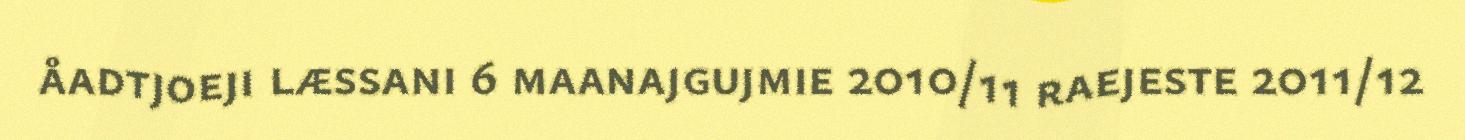
åadtjoeji læssani 6 maanajgujmie 2010/11 raejeste 2011/12